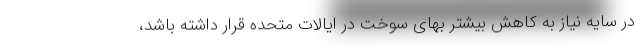
در سایه نیاز به کاهش بیشتر بهای سوخت در ایالات متحده قرار داشته باشد،